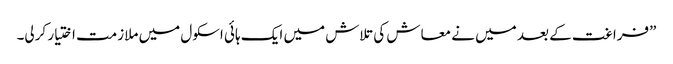
”فراغت کے بعد میں نے معاش کی تلاش میں ایک ہائی اسکول میں ملازمت اختیار کرلی۔